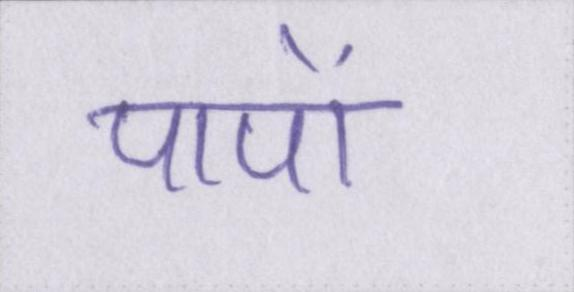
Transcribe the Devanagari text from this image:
पापों